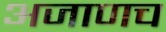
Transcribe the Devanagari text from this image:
अजाणच